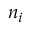
n _ { i }